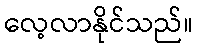
လေ့လာနိုင်သည်။